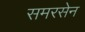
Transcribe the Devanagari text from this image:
समरसेन